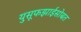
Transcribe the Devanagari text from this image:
युसूफझाईसोबत